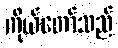
ကိုယ်တော်သည်